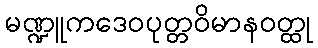
မဏ္ဍူကဒေဝပုတ္တဝိမာနဝတ္ထု